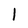
Character: 1